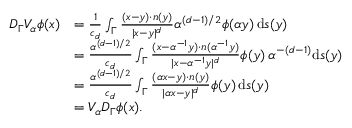
\begin{array} { r l } { D _ { \Gamma } V _ { \alpha } \phi ( x ) } & { = \frac { 1 } { c _ { d } } \int _ { \Gamma } \frac { ( x - y ) \cdot n ( y ) } { | x - y | ^ { d } } \alpha ^ { ( d - 1 ) / 2 } \phi ( \alpha y ) \, \mathrm { d } s ( y ) } \\ & { = \frac { \alpha ^ { ( d - 1 ) / 2 } } { c _ { d } } \int _ { \Gamma } \frac { ( x - \alpha ^ { - 1 } y ) \cdot n ( \alpha ^ { - 1 } y ) } { | x - \alpha ^ { - 1 } y | ^ { d } } \phi ( y ) \, \alpha ^ { - ( d - 1 ) } \mathrm { d } s ( y ) } \\ & { = \frac { \alpha ^ { ( d - 1 ) / 2 } } { c _ { d } } \int _ { \Gamma } \frac { ( \alpha x - y ) \cdot n ( y ) } { | \alpha x - y | ^ { d } } \phi ( y ) \, \mathrm { d } s ( y ) } \\ & { = V _ { \alpha } D _ { \Gamma } \phi ( x ) . } \end{array}